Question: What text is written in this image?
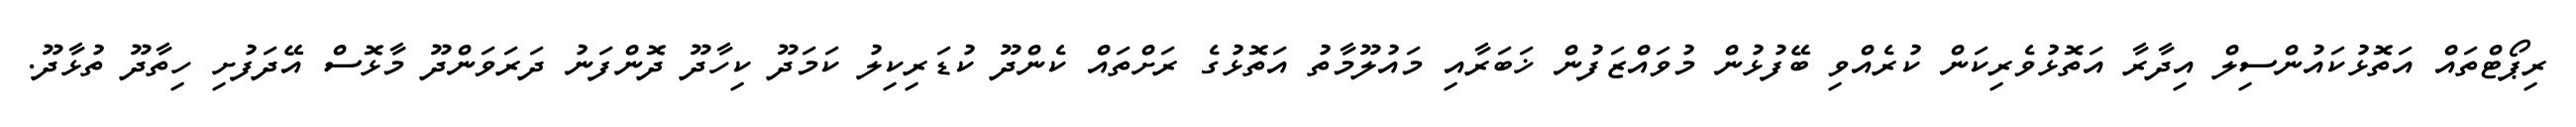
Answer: ރިޕޯޓްތައް އަތޮޅުކައުންސިލް އިދާރާ އަތޮޅުވެރިކަން ކުރެއްވި ބޭފުޅުން މުވައްޒަފުން ޚަބަރާއި މައުލޫމާތު އަތޮޅުގެ ރަށްތައް ކެންދޫ ކުޑަރިކިލު ކަމަދޫ ކިހާދޫ ދޮންފަނު ދަރަވަންދޫ މާޅޮސް އޭދަފުށި ހިތާދޫ ތުޅާދޫ.